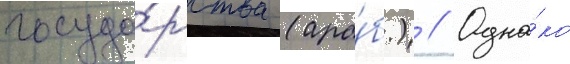
госуда́рства (ара́б.) // Одна́ко